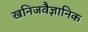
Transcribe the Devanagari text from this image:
खनिजवैज्ञानिक